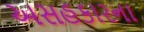
અસહકારના